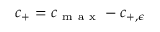
c _ { + } = c _ { \mathrm { ~ m ~ a ~ x ~ } } - c _ { + , \epsilon }